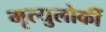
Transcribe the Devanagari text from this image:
मृत्युलोकीं